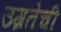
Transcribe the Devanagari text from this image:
उग्रतेची